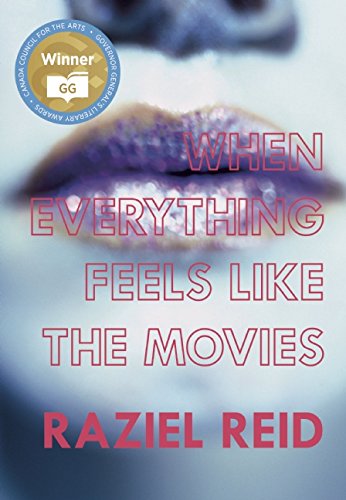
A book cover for When Everything Feels like the Movies (Governor General's Literary Award winner, Children's Literature); Raziel Reid; Teen & Young Adult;